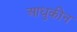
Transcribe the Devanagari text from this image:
आधुकीन